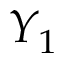
{ \cal Y } _ { 1 }